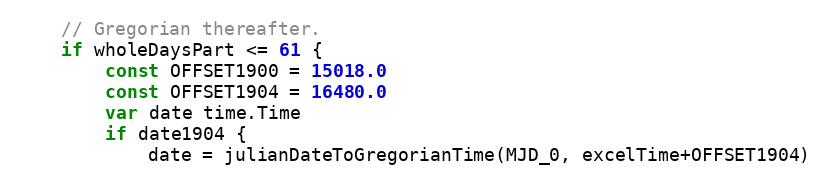
Language: Go
	// Gregorian thereafter.
	if wholeDaysPart <= 61 {
		const OFFSET1900 = 15018.0
		const OFFSET1904 = 16480.0
		var date time.Time
		if date1904 {
			date = julianDateToGregorianTime(MJD_0, excelTime+OFFSET1904)